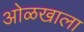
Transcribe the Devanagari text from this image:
ओळखाला